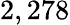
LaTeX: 2,278